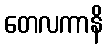
တေလကာနိ